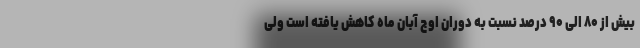
بیش از ۸۰ الی ۹۰ درصد نسبت به دوران اوج آبان ماه کاهش یافته است ولی